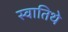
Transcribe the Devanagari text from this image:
स्वातिथे